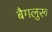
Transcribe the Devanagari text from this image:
बैगलुरू